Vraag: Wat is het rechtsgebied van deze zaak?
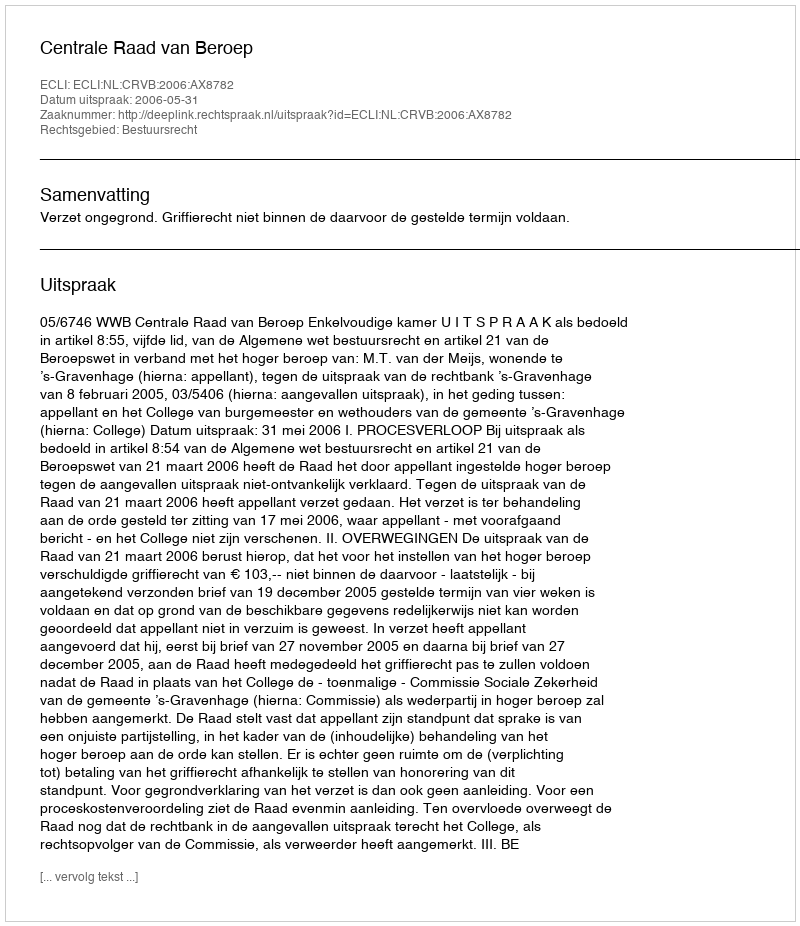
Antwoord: Bestuursrecht